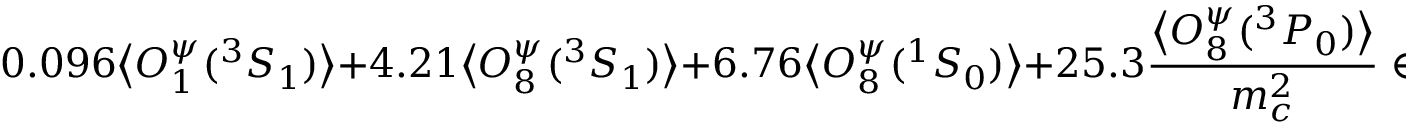
0 . 0 9 6 \big \langle { \cal O } _ { 1 } ^ { \psi } ( ^ { 3 } S _ { 1 } ) \big \rangle + 4 . 2 1 \big \langle { \cal O } _ { 8 } ^ { \psi } ( { } ^ { 3 } S _ { 1 } ) \big \rangle + 6 . 7 6 \big \langle { \cal O } _ { 8 } ^ { \psi } ( { } ^ { 1 } S _ { 0 } ) \big \rangle + 2 5 . 3 { \frac { \big \langle { \cal O } _ { 8 } ^ { \psi } ( { } ^ { 3 } P _ { 0 } ) \big \rangle } { m _ { c } ^ { 2 } } } \in [ 0 . 2 4 , 0 . 4 5 ] ~ \mathrm { G e V } ^ { 3 } \; ,